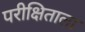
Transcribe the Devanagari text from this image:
परीक्षिताला